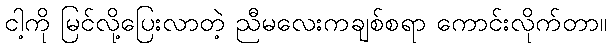
ငါ့ကို မြင်လို့ပြေးလာတဲ့ ညီမလေးကချစ်စရာ ကောင်းလိုက်တာ။